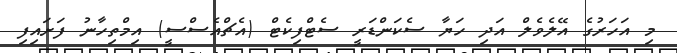
މި އަހަރުގެ އޭލެވެލް އަދި ހަޔާ ސެކަންޑަރީ ސެޓްފިކެޓް (އެޗްއެސްސީ) އިމްތިހާނު ފަށައިފި